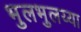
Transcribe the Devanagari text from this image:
भुलभुलय्या